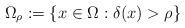
\begin{align*}\Omega_\rho:=\{x\in\Omega:\delta(x)>\rho\}\end{align*}